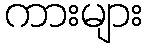
ကားများ